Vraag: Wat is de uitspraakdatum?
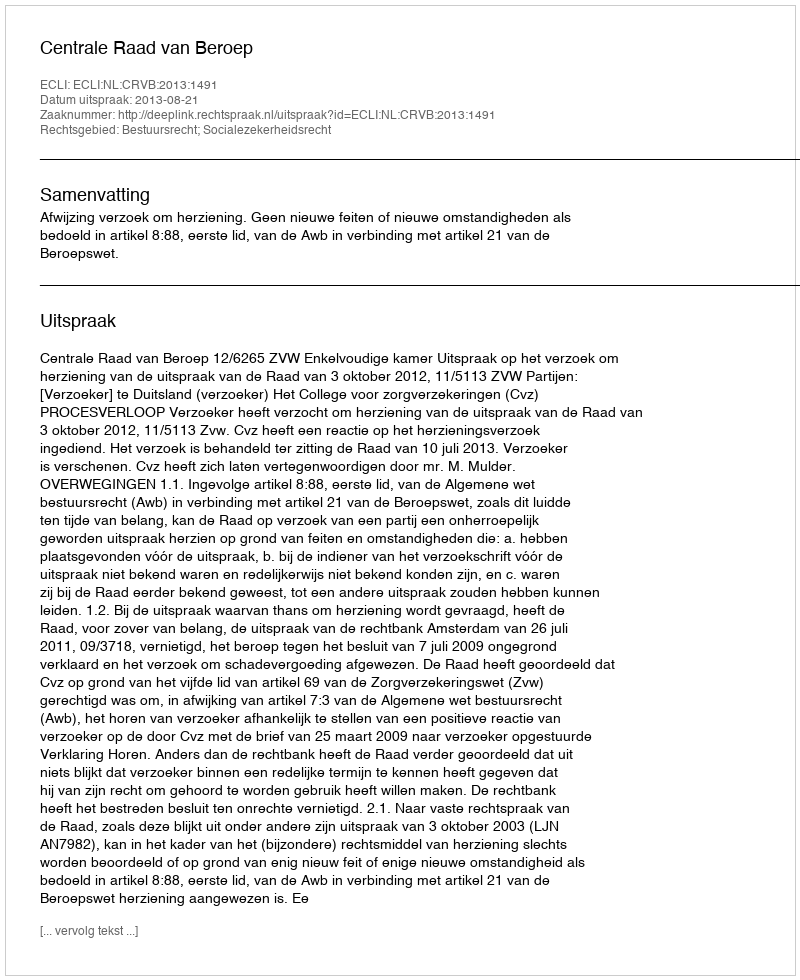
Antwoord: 2013-08-21